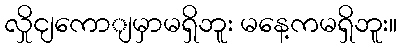
လှိုငျကောျမှာမရှိဘူး မနေ့ကမရှိဘူး။